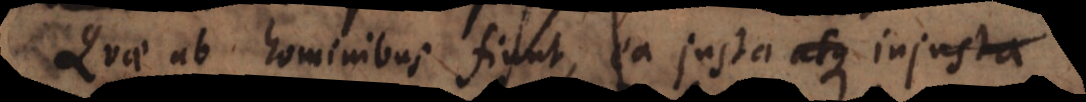
Quae ab hominibus fiunt, ea justa atque injusta